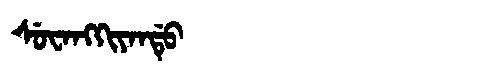
Manchu: ᠰᡠᠸᠠᠩᡴᡳᠶᠠᠨᡩᡠ
Romanization: SUWANGKIYANDU